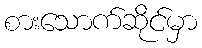
စားသောက်ဆိုင်မှာ